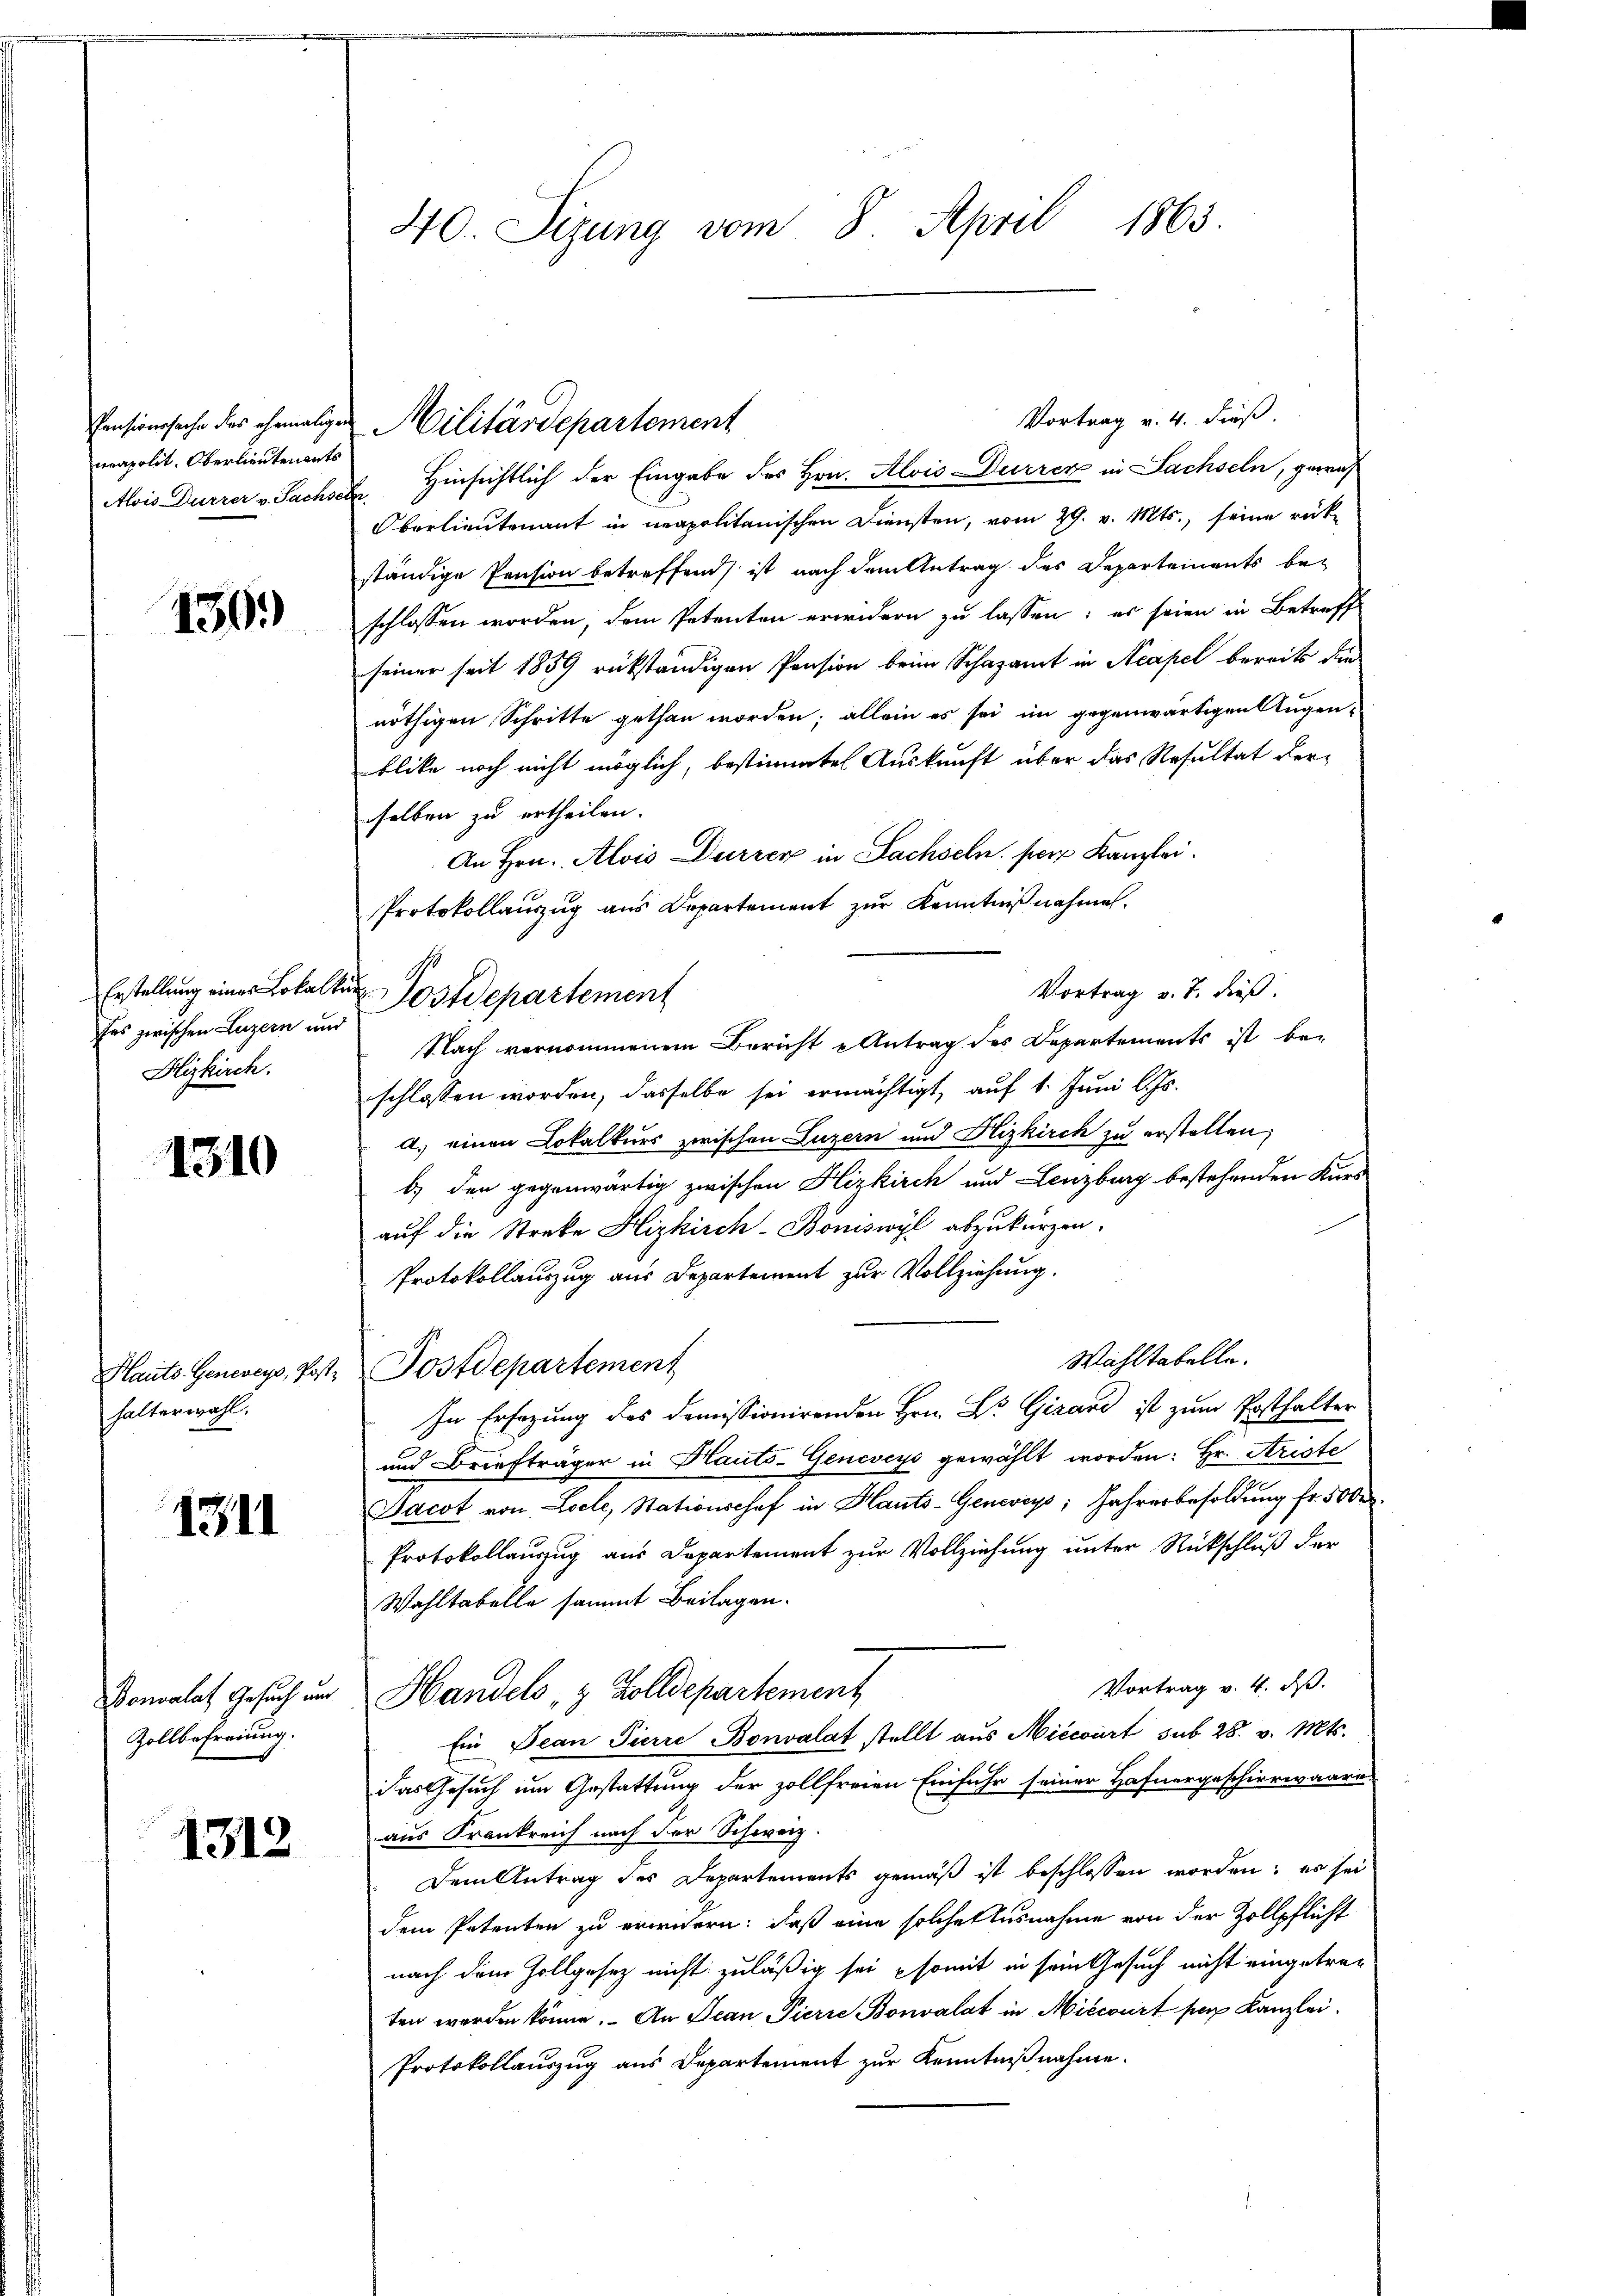
Pensionssache des ehemaligen
neapolit. Oberlieutenants
Alois Dürrer v. Sachsei

1309)

Erstellung eines Lokalke
fes zwischen Luzern und
Hizkirch.

1310

Hauts. Genereys, Posthalterwahl.

1311

Bonvalat Gesuch und
Zollbefreiung.

1312

40. Sizung vom 8. April 1863.

Hinsichtlich der Eingabe des Hrn. Alois Dürrer in Sachseln, gerras
de
Oberlieutenant in neapolitanischen Diensten, vom 29. v. Mts., seine rückständige Pension betreffend ist nach dem Antrag des Departements beschlossen worden, dem Petenten erwidern zu lassen; es seien in Betreff
seiner seit 1859 rükständigen Pension beim Schazamt in Neapel bereits den
nöthigen Schritte gethan worden; allein es sei im gegenwärtigen Augenblike noch nicht möglich, bestimmten Auskunft über das Resultat der-
selben zu ertheilen.
An Hrn. Alois Dürrer in Sachseln. per Kanzlei.
Protokollauszug aus Departement zur Kenntnißnahmen.
Vortrag v. J. dieß.
Postdepartement
Nach vernommenen Bericht Antrag des Departements ist beschlossen worden, dasselbe sei ermächtigt, auf 1. Juni l. Js.
a.) einen Lokalkurs zwischen Luzern und Flizkirch zu erstellen,
b.) den gegenwärtig zwischen Hizkirch und Lenzburg bestehenden Kurs
auf die Streke Hizkisch-Boniswyl abzukürzen.
Protokollauszug aus Departement zur Vollziehung.
Wahltabelle.
Postdepartement
In Ersezung des domissionirenden Hrn. Dr. Girard ist zum Posthalter
und Briefträger in Hauts-Geneveys gewählt worden: Hr. Ariste
Jacot von Loele, Stationshof in Hauts-Geneviys; Jahresbesoldung fr. 500
Protokollauszug aus Departement zur Vollziehung unter Rückschluß der
Wahltabelle sammt Beilagen.
Vortrag v. 4. ds.
Handels, 3 Zolldepartement
Ein Bean Pierre Bonvalat stellt aus Miccourt sub 28. v. Mts.
das Gesuch um Gestattung der zollfreien Einfuhr seiner Hafnergeschirrwaare
aus Frankreich nach der Schweiz.
Dem Antrag des Departements gemäß ist beschlossen worden; es sei
dem Petenten zu erwendern: daß eine solche Ausnahme von der Zollpflicht
nach dem Zollgesetz nicht zuläßig sei somit in sein Gesuch nicht eingetreten werden könne. An Jean Pierre Bonvalat in Niecourt per Kanzlei.
Protokollauszug aus Departement zur Kenntnißnahme.

Militärdepartement

Vortrag v. 4. dieß.